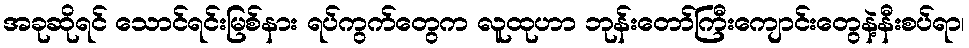
အခုဆိုရင် သောင်ရင်းမြစ်နား ရပ်ကွက်တွေက လူထုဟာ ဘုန်းတော်ကြီးကျောင်းတွေနဲ့နီးစပ်ရာ၊